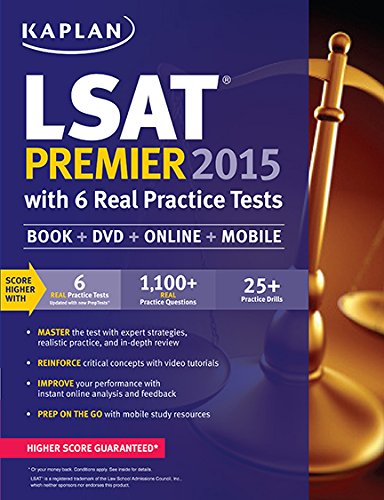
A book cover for Kaplan LSAT Premier 2015 with 6 Real Practice Tests: Book + DVD + Online + Mobile (Kaplan Test Prep); Kaplan; Test Preparation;